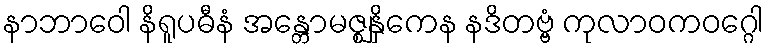
နာဘာဝေါ နိရူပဓီနံ အန္တောမဇ္ဈနှိကေန နဒိတဗ္ဗံ ကုလာဝကဝဂ္ဂေါ